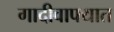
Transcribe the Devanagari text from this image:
गादीवाफ्यात